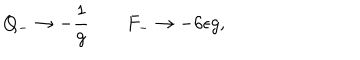
Q _ { - } \rightarrow - { \frac { 1 } { g } } \qquad F _ { - } \rightarrow - 6 \epsilon g ,